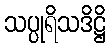
သပ္ပုရိသဒိဋ္ဌိ